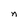
Character: n